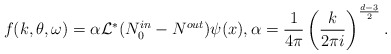
\begin{align*}f(k,\theta,\omega) =\alpha\mathcal L^* ( N^{in}_0-N^{out})\psi_{}(x), \alpha=\frac{1}{4\pi}\left (\frac{k}{2\pi i}\right )^{\frac{d-3}{2}}.\end{align*}